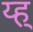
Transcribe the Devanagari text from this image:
य्ह्